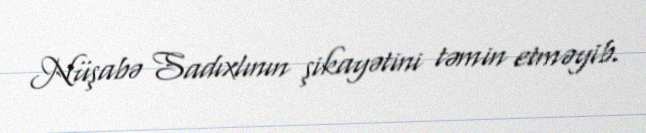
Nüşabə Sadıxlının şikayətini təmin etməyib.